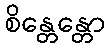
စိန္တေန္တော